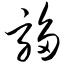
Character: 驺